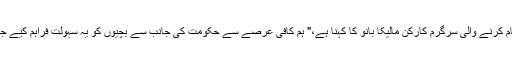
خواتین کے حقوق کے لیے کام کرنے والی سرگرم کارکن مالیکا بانو کا کہنا ہے،'' ہم کافی عرصے سے حکومت کی جانب سے بچیوں کو یہ سہولت فراہم کیے جانے کا مطالبہ کر رہے تھے۔